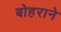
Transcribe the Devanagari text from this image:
बोहराने